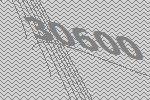
30600